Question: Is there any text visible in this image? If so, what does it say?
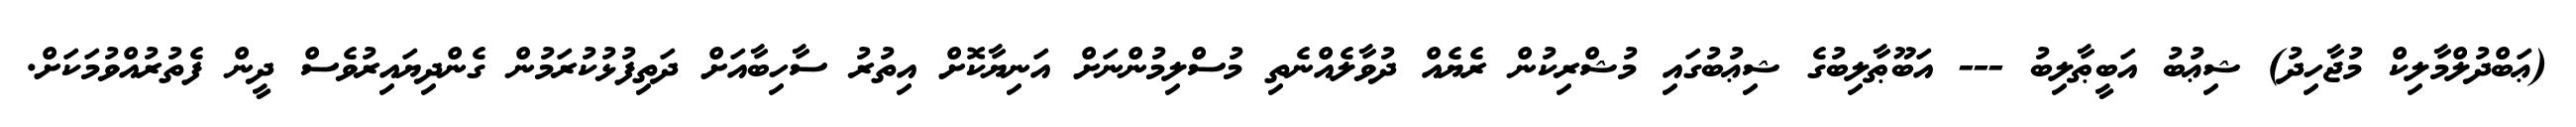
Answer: (ޢަބްދުލްމާލިކް މުޖާހިދު) ޝިޢުބު އަބީޠާލިބު --- އަބޫޠާލިބުގެ ޝިޢުބުގައި މުޝްރިކުން ރެޔެއް ދުވާލެއްނެތި މުސްލިމުންނަށް އަނިޔާކޮށް އިތުރު ސާހިބާއަށް ދަތިފުޅުކުރަމުން ގެންދިޔައިރުވެސް ދީން ފެތުރުއްވުމަކަށް.